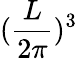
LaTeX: (\frac{L}{2\pi})^{3}